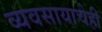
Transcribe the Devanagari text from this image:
व्यवसायाचेही